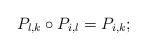
LaTeX: \begin{align*} P_{l,k}\circ P_{i,l} = P_{i,k}; \end{align*}